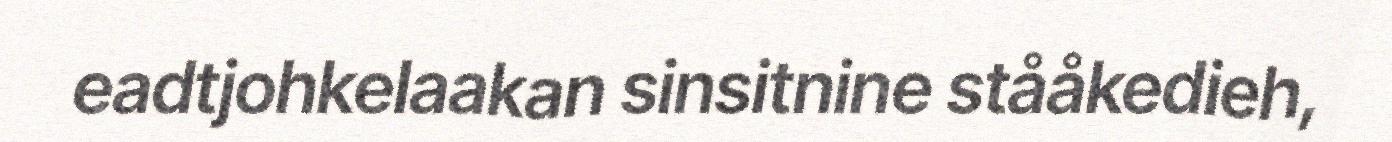
eadtjohkelaakan sinsitnine stååkedieh,